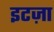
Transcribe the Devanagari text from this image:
इटज़ा